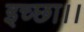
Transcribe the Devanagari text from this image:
इच्‍छा।।